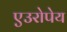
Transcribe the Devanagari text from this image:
एउरोपेय